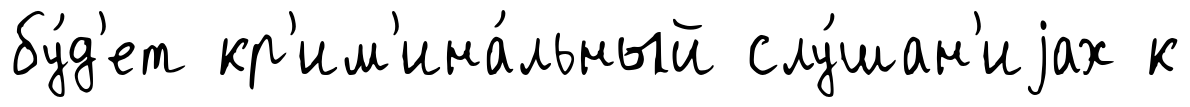
бу́д'ет кр'им'ина́льный слу́шан'иjах к